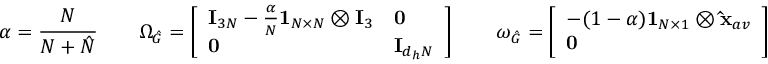
\alpha = \frac { N } { N + \hat { N } } \quad \quad \Omega _ { \hat { G } } = \left[ \begin{array} { l l } { \mathbf { I } _ { 3 N } - \frac { \alpha } { N } \mathbf { 1 } _ { N \times N } \otimes \mathbf { I } _ { 3 } } & { \mathbf { 0 } } \\ { \mathbf { 0 } } & { \mathbf { I } _ { d _ { h } N } } \end{array} \right] \quad \quad \omega _ { \hat { G } } = \left[ \begin{array} { l } { - ( 1 - \alpha ) \mathbf { 1 } _ { N \times 1 } \otimes \mathbf { \hat { x } } _ { a v } } \\ { \mathbf { 0 } } \end{array} \right]